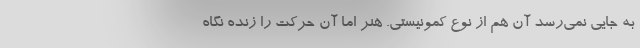
به جایی نمی‌رسد آن هم از نوع کمونیستی. هنر اما آن حرکت را زنده نگاه